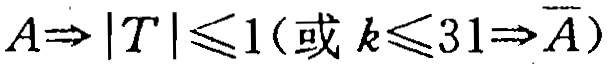
$A\Rightarrow |T|\leqslant 1(\text{或 }k\leqslant 31\Rightarrow \overline{A})$